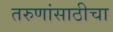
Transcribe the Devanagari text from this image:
तरुणांसाठीचा